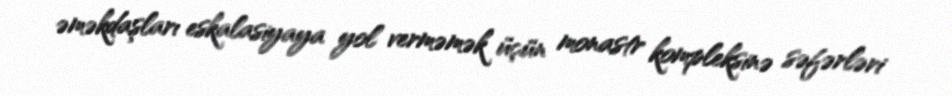
əməkdaşları eskalasiyaya yol verməmək üçün monastr kompleksinə səfərləri